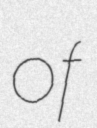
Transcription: of